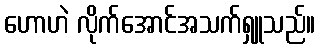
ဟောဟဲ လိုက်အောင်အသက်ရှူသည်။